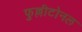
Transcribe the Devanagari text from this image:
फुल्लीटोनल